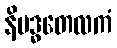
နိဗဒ္ဓတေလကံ